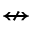
\nleftrightarrow